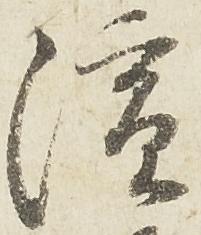
演